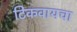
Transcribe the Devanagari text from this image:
टिकवायचा